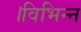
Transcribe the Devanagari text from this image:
।विभिन्न